Vaccination in Bombay 1902-1912 - 1902-1912
Year: 1902
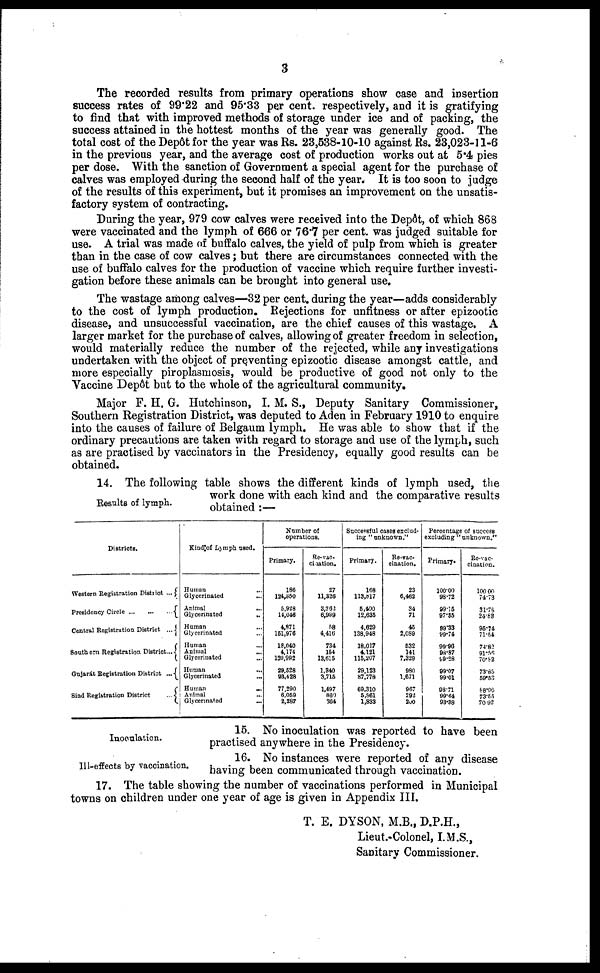
3
The recorded results from primary operations show case and insertion
success rates of 99.22 and 95.33 per cent. respectively, and it is gratifying
to find that with improved methods of storage under ice and of packing, the
success attained in the hottest months of the year was generally good. The
total cost of the Depôt for the year was Rs. 23,538-10-10 against Rs. 23,023-11-6
in the previous year, and the average cost of production works out at 5.4 pies
per dose. With the sanction of Government a special agent for the purchase of
calves was employed during the second half of the year. It is too soon to judge
of the results of this experiment, but it promises an improvement on the unsatis-
factory system of contracting.
During the year, 979 cow calves were received into the Depôt, of which 868
were vaccinated and the lymph of 666 or 76.7 per cent. was judged suitable for
use. A trial was made of buffalo calves, the yield of pulp from which is greater
than in the case of cow calves; but there are circumstances connected with the
use of buffalo calves for the production of vaccine which require further investi-
gation before these animals can be brought into general use.
The wastage among calves—32 per cent. during the year—adds considerably
to the cost of lymph production. Rejections for unfitness or after epizootic
disease, and unsuccessful vaccination, are the chief causes of this wastage. A
larger market for the purchase of calves, allowing of greater freedom in selection,
would materially reduce the number of the rejected, while any investigations
undertaken with the object of preventing epizootic disease amongst cattle, and
more especially piroplasmosis, would be productive of good not only to the
Vaccine Depôt but to the whole of the agricultural community.
Major F. H. G. Hutchinson, I. M. S., Deputy Sanitary Commissioner,
Southern Registration District, was deputed to Aden in February 1910 to enquire
into the causes of failure of Belgaum lymph. He was able to show that if the
ordinary precautions are taken with regard to storage and use of the lymph, such
as are practised by vaccinators in the Presidency, equally good results can be
obtained.
Results of lymph.
14. The following table shows the different kinds of lymph used, the
work done with each kind and the comparative results
obtained:—
Districts.
Western Registration District ...
Presidency Circle
...
...
...
Central Registration District
...
Southern Registration District ...
Gujarát Registration District
...
Sind Registration District ...
Kind of Lymph need.
Human ...
Glycerinated ...
Animal ...
Glycerinated
...
Human ...
Glycerinated ...
Human ...
Animal
...
Glycerinated ...
Human
...
Glycerinated ...
Human
...
Animal ...
Glycerinated ...
Number of
operations.
Primary.
186
124,350
5,928
14,048
4,871
151,976
18,040
4,174
120,992
29,528
93,428
77,290
6,069
2,287
Re-vac¬
citation.
27
11,326
3,362
6,999
58
4,416
734
154
13,615
1,340
3,715
1,497
860
364
Successful cases exclud-
ing " unknown."
Primary.
168
113,817
5,400
12,635
4,629
138,948
18,017
4,121
115,207
29,123
87,778
69,310
5,861
1,833
Re-vac¬
cination.
23
6,462
34
71
45
2,089
532
141
7,329
980
1,671
967
292
200
Percentage
excluding "
of success
unknown."
Primary.
100.00
98.72
99.15
97.35
99.33
99.74
99.96
98.87
99.28
99.07
99.01
0871
99.64
93.38
Re-vac-
cination.
100.00
74.73
31.78
24.83
95.74
71.54
74.82
91.56
70.82
73.85
59.53
88.96
73.55
70.92
Inoculation.
15. No inoculation was reported to have been
practised anywhere in the Presidency.
Ill-effects by vaccination.
16. No instances were reported of any disease
having been communicated through vaccination.
17. The table showing the number of vaccinations performed in Municipal
towns on children under one year of age is given in Appendix III.
T. E. DYSON, M.B., D.P.H.,
Lieut.-Colonel, I.M.S.,
Sanitary Commissioner.